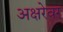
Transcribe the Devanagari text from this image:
अक्षरेवर